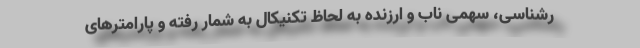
رشناسی، سهمی ناب و ارزنده به لحاظ تکنیکال به شمار رفته و پارامترهای